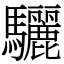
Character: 驪